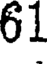
61